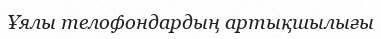
Ұялы телофондардың артықшылығы